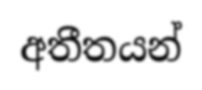
අතීතයන්